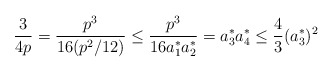
\begin{align*}\frac{3}{4p} = \frac{p^{3}}{16 (p^{2}/12)} \leq\frac{p^{3}}{16 a_{1}^{*} a_{2}^{*}} = a_{3}^{*} a_{4}^{*} \leq \frac{4}{3} (a_{3}^{*})^{2}\end{align*}